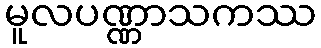
မူလပဏ္ဏာသကဿ